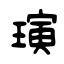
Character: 璌